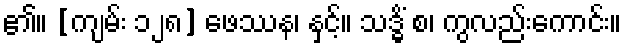
၏။ [ကျမ်း ၁၂၈] ဖေဿန၊ နှင့်။ သဒ္ဓိံ စ၊ ကွလည်းကောင်း။